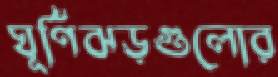
ঘূর্ণিঝড়গুলোর